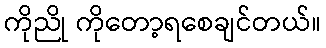
ကိုညို ကိုတော့ရစေချင်တယ်။